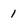
Character: I